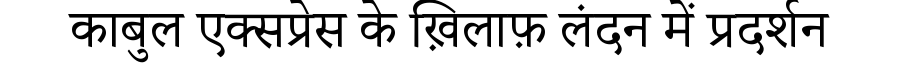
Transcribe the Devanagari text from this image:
काबुल एक्सप्रेस के ख़िलाफ़ लंदन में प्रदर्शन